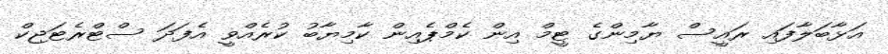
އަޅާބަލާފައި ރައީސް ޔާމިންގެ ޓީމް އިން ކެމްޕެއިން ކާމިޔާބު ކުރެއްވީ އެފަދަ ސްޓްރެޓަޖިކް